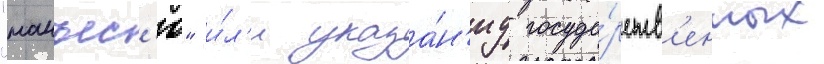
"манъес'ю" и́л'и указа́н'иу госуда́рств'енных